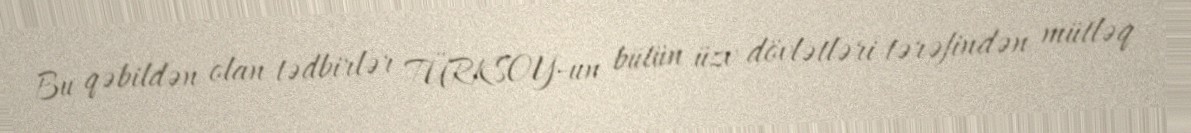
Bu qəbildən olan tədbirlər TÜRKSOY-un bütün üzv dövlətləri tərəfindən mütləq